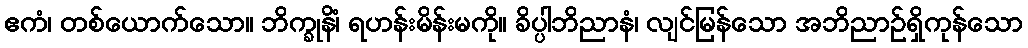
ဧကံ၊ တစ်ယောက်သော။ ဘိက္ခုနိံ၊ ရဟန်းမိန်းမကို။ ခိပ္ပါဘိညာနံ၊ လျင်မြန်သော အဘိညာဉ်ရှိကုန်သော